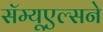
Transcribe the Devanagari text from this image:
सॅम्यूएल्सने